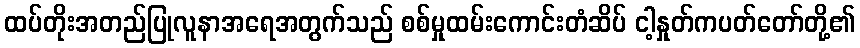
ထပ်တိုးအတည်ပြုလူနာအရေအတွက်သည် စစ်မှုထမ်းကောင်းတံဆိပ် ငါ့နှုတ်ကပတ်တော်တို့၏